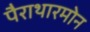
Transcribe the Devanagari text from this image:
पैराथारमोन